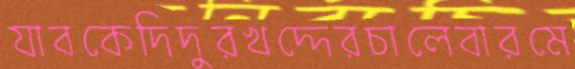
যাবকেদিদুরখদ্দেরচালেবারমে